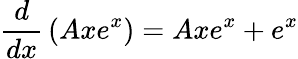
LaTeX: {\frac{d}{dx}}\left(Axe^{x}\right)=Axe^{x}+e^{x}